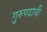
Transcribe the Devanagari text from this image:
गुरुपदाची